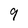
Character: 9